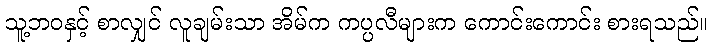
သူ့ဘဝနှင့် စာလျှင် လူချမ်းသာ အိမ်က ကပ္ပလီများက ကောင်းကောင်း စားရသည်။